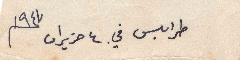
طرابلس في. ٤ حزيران ١٩٤٧